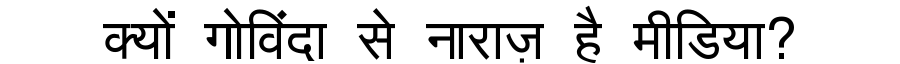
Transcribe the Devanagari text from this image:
क्यों गोविंदा से नाराज़ है मीडिया?